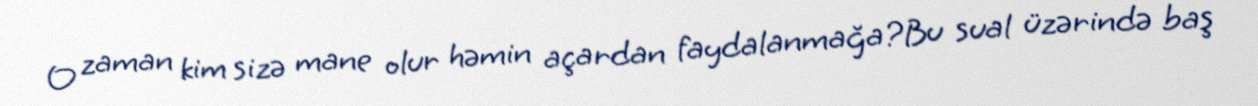
O zaman kim sizə mane olur həmin açardan faydalanmağa?Bu sual üzərində baş